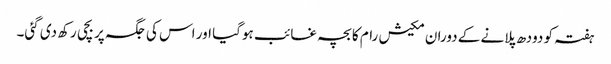
ہفتہ کو دودھ پلانے کے دوران مکیش رام کا بچہ غائب ہوگیا اور اس کی جگہ پر بچی رکھ دی گئی۔